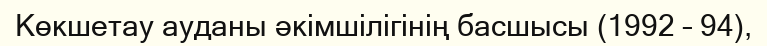
Көкшетау ауданы әкімшілігінің басшысы (1992 – 94),